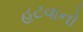
હટવાનો